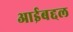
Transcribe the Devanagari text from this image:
आईबद्दल